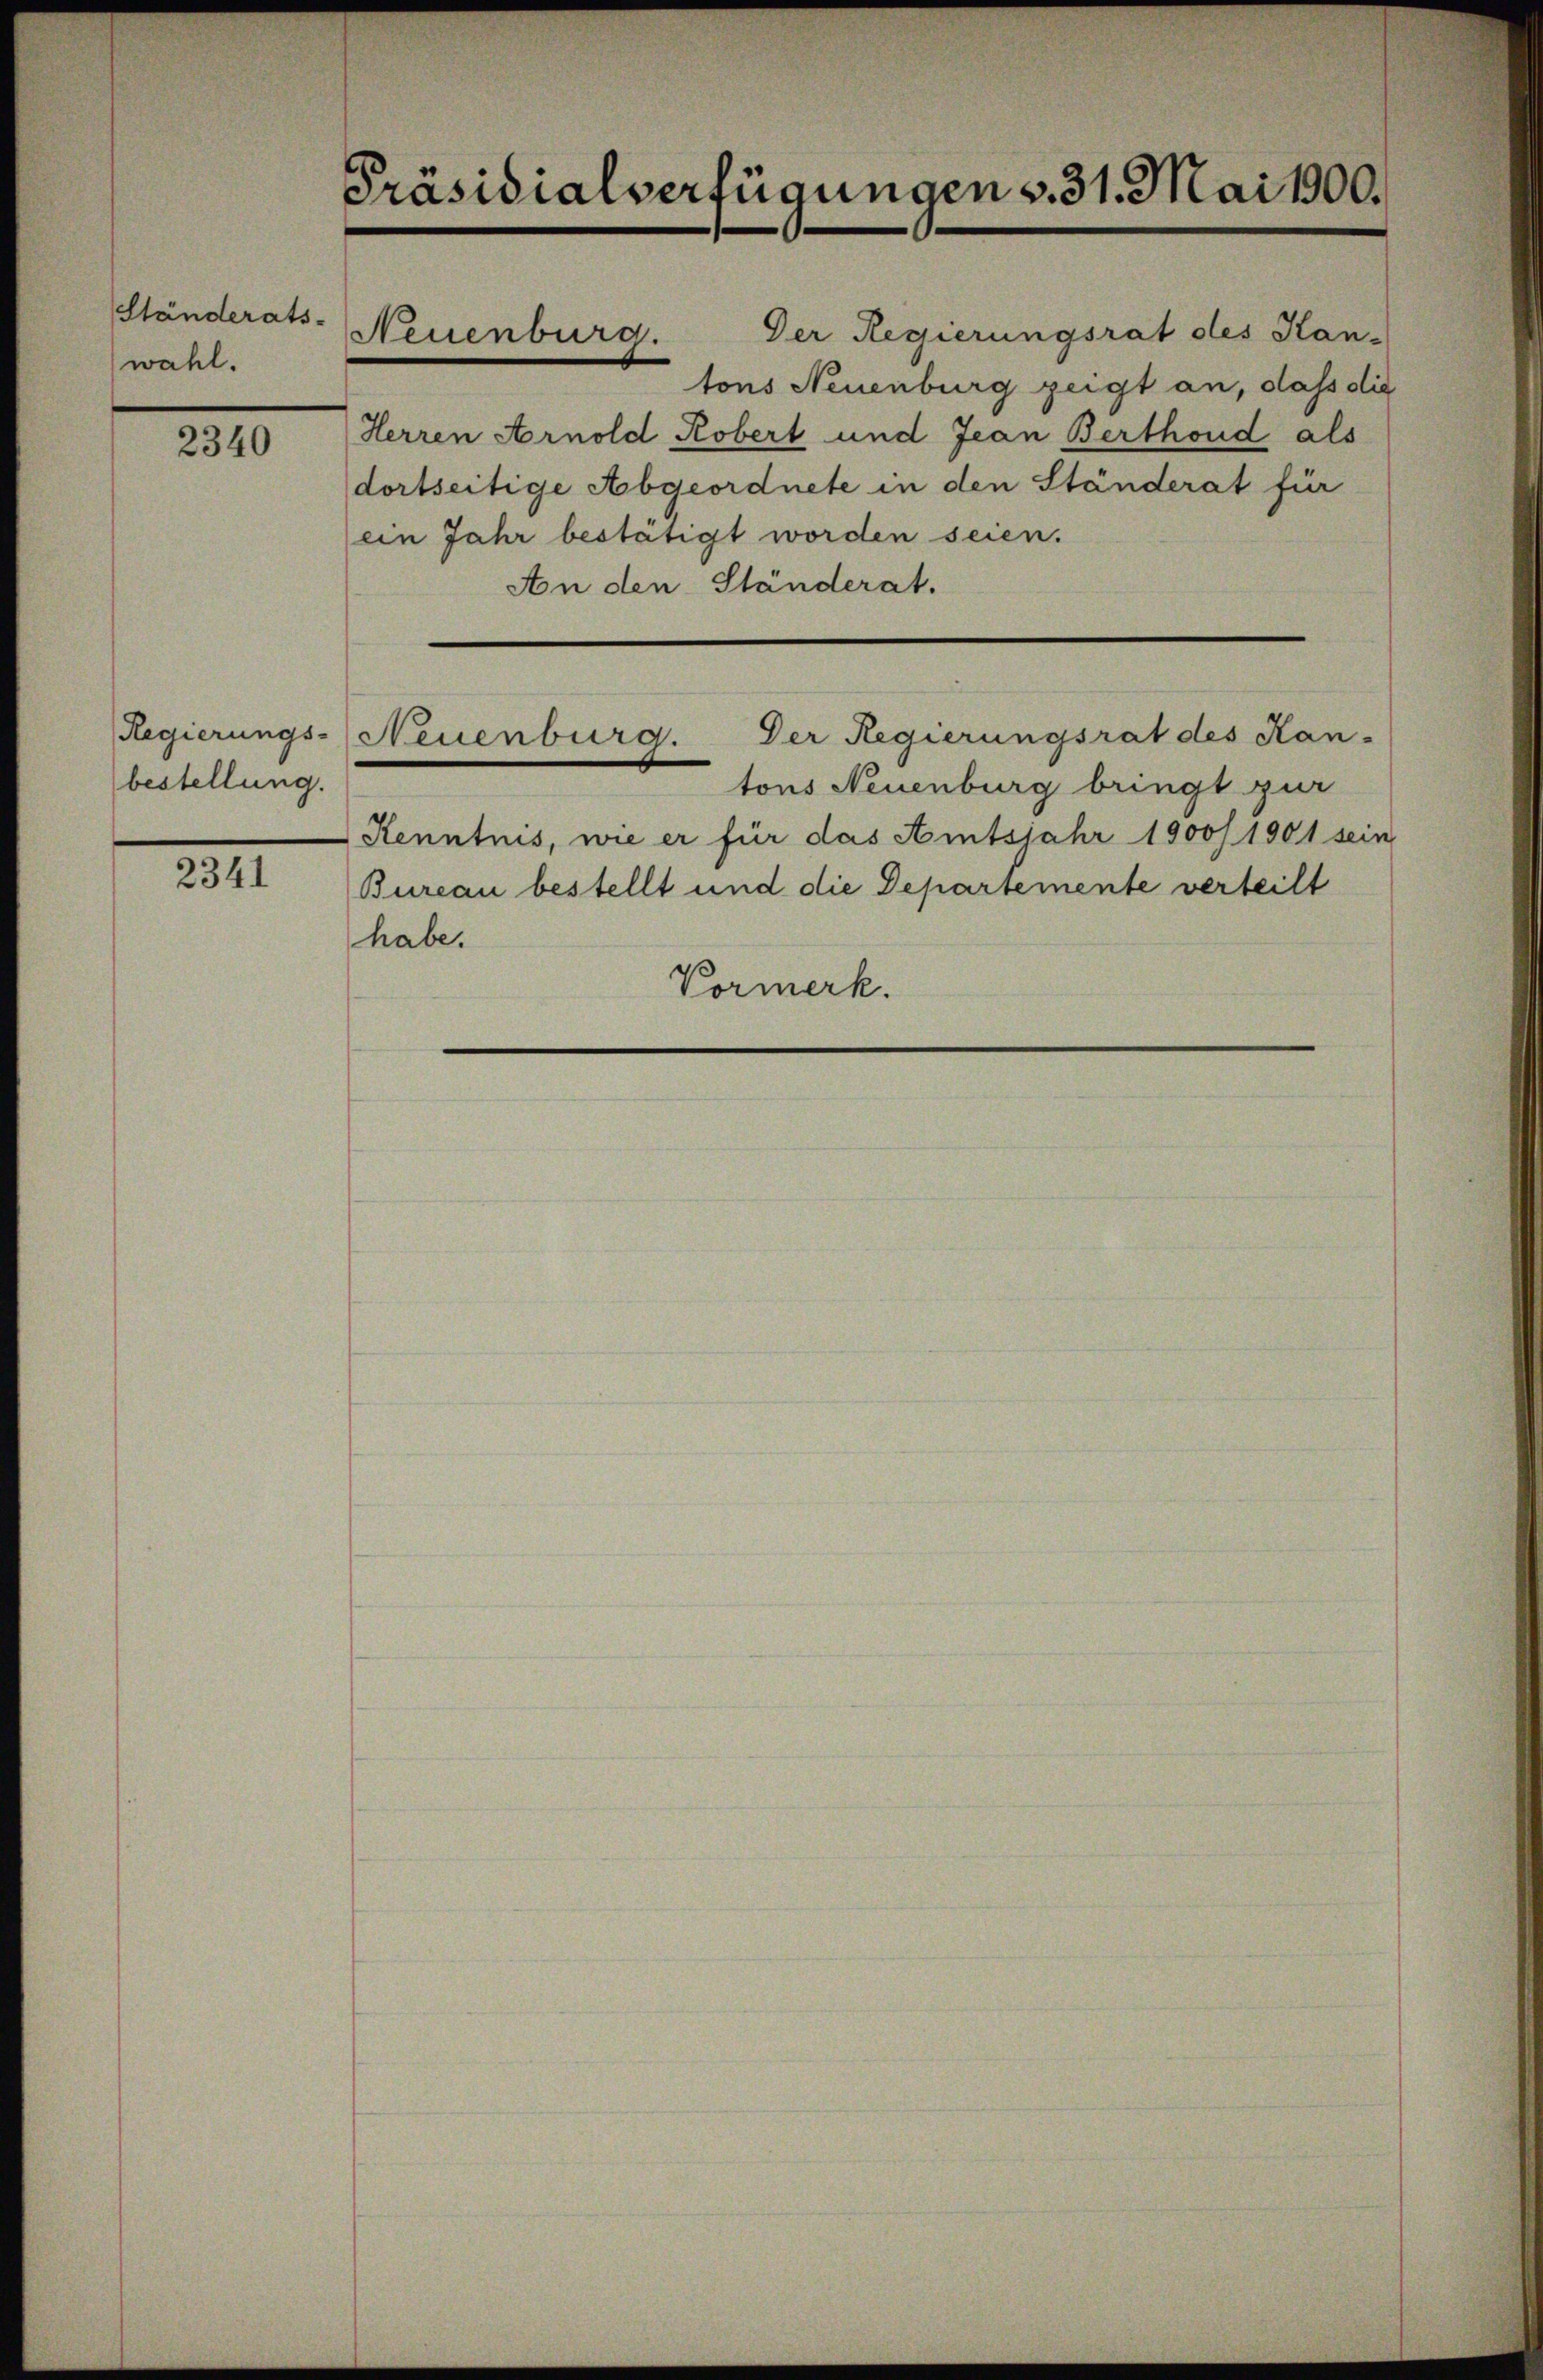
Ständerats-
wahl.

2340

bestellung.

2341

Präsidialverfügungen v. 31. Mai 1900.

dortseitige Abgeordnete in den Ständerat für
ein Jahr bestätigt worden seien.
An den Ständerat.
—

Neuenburg.

Der Regierungsrat des Kan-
Regierungs-Neuenburg.

tons Neuenburg bringt zur
Kenntnis, wie er für das Amtsjahr 1900/1901 sein
Bureau bestellt und die Departemente verteilt
habe.
Vormerk.

Der Regierungsrat des Kan-
tons Neuenburg zeigt an, dass die
Herren Arnold Kobert und Jean Berthoud als